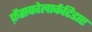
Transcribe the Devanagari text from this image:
फ़ैसकोलार्कटिडाए